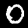
Label: 0